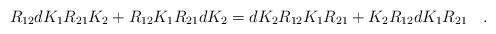
LaTeX: \begin{align*}R_{12} dK_{1} R_{21} K_{2} + R_{12} K_{1} R_{21} d K_{2} = d K_{2} R_{12}K_{1}R_{21} + K_{2} R_{12} d K_{1} R_{21} \quad .\end{align*}